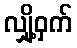
လျှို့ဝှက်